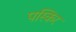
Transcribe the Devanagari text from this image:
पस्किर